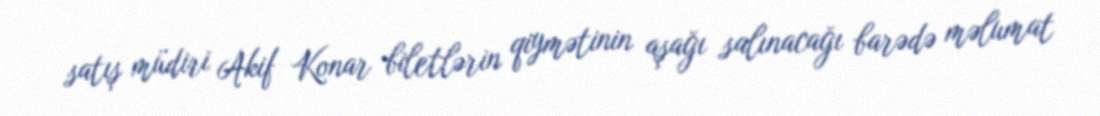
satış müdiri Akif Konar biletlərin qiymətinin aşağı salınacağı barədə məlumat